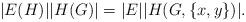
LaTeX: \begin{align*}|E(H)||H(G)|=|E||H(G,\{x,y\})|.\end{align*}